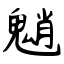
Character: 魈